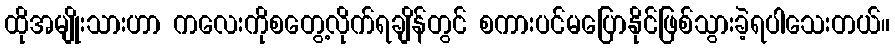
ထိုအမျိုးသားဟာ ကလေးကိုစတွေ့လိုက်ရချိန်တွင် စကားပင်မပြောနိုင်ဖြစ်သွားခဲ့ရပါသေးတယ်။